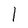
Character: 1